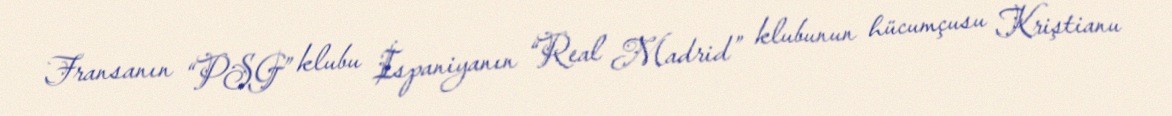
Fransanın “PSG” klubu İspaniyanın “Real Madrid” klubunun hücumçusu Kriştianu